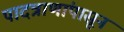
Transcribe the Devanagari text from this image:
पादत्राणांपासून